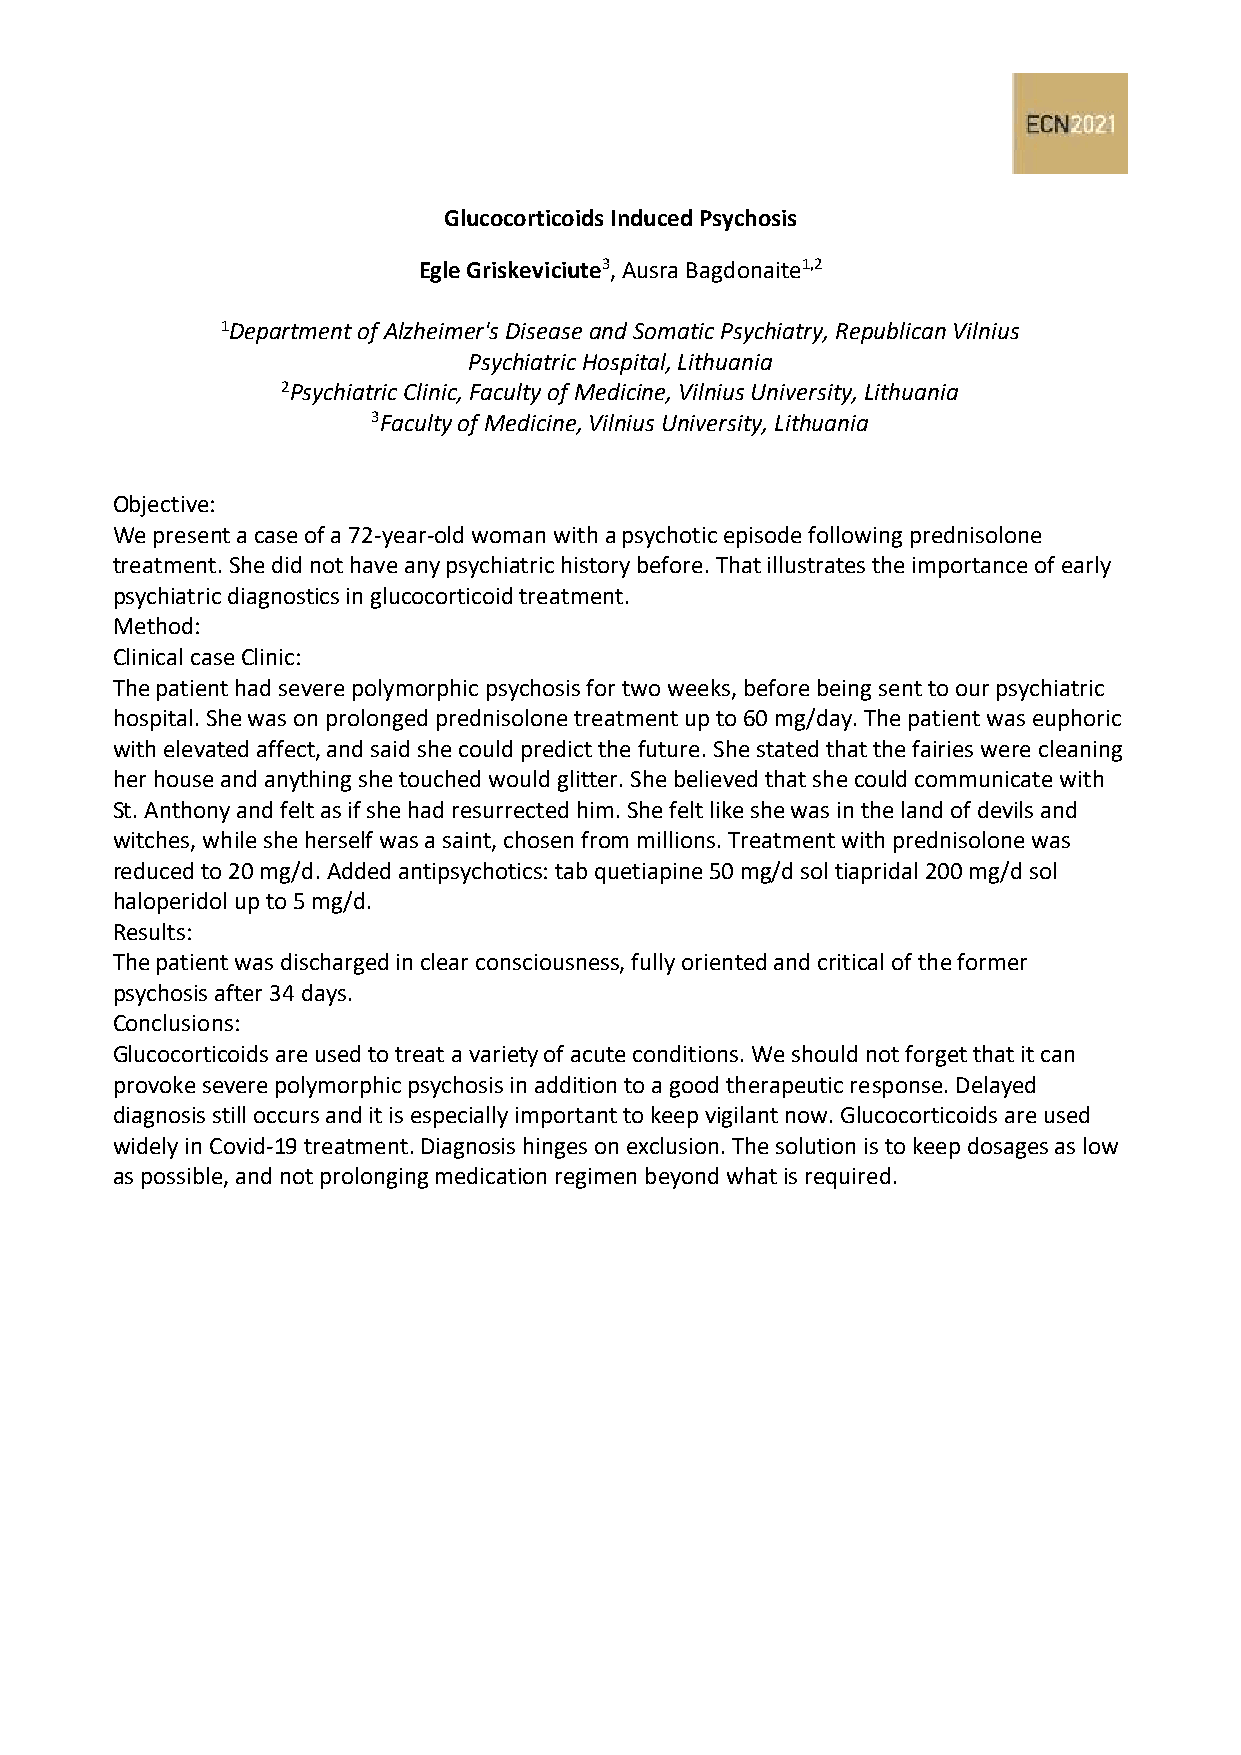
Glucocorticoids Induced Psychosis
 Egle Griskeviciute3, Ausra Bagdonaite1,2
 1Department of Alzheimer's Disease and Somatic Psychiatry, Republican Vilnius
 Psychiatric Hospital, Lithuania
 2Psychiatric Clinic, Faculty of Medicine, Vilnius University, Lithuania
 3Faculty of Medicine, Vilnius University, Lithuania
 Objective:
 We present a case of a 72-year-old woman with a psychotic episode following prednisolone
 treatment. She did not have any psychiatric history before. That illustrates the importance of early
 psychiatric diagnostics in glucocorticoid treatment.
 Method:
 Clinical case Clinic:
 The patient had severe polymorphic psychosis for two weeks, before being sent to our psychiatric
 hospital. She was on prolonged prednisolone treatment up to 60 mg/day. The patient was euphoric
 with elevated affect, and said she could predict the future. She stated that the fairies were cleaning
 her house and anything she touched would glitter. She believed that she could communicate with
 St. Anthony and felt as if she had resurrected him. She felt like she was in the land of devils and
 witches, while she herself was a saint, chosen from millions. Treatment with prednisolone was
 reduced to 20 mg/d. Added antipsychotics: tab quetiapine 50 mg/d sol tiapridal 200 mg/d sol
 haloperidol up to 5 mg/d.
 Results:
 The patient was discharged in clear consciousness, fully oriented and critical of the former
 psychosis after 34 days.
 Conclusions:
 Glucocorticoids are used to treat a variety of acute conditions. We should not forget that it can
 provoke severe polymorphic psychosis in addition to a good therapeutic response. Delayed
 diagnosis still occurs and it is especially important to keep vigilant now. Glucocorticoids are used
 widely in Covid-19 treatment. Diagnosis hinges on exclusion. The solution is to keep dosages as low
 as possible, and not prolonging medication regimen beyond what is required.